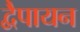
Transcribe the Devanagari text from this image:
द्वेैपायन